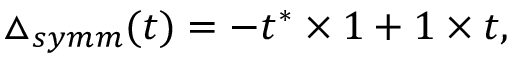
\triangle _ { s y m m } ( t ) = - t ^ { * } \times 1 + 1 \times t ,